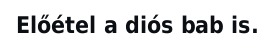
Előétel a diós bab is.